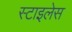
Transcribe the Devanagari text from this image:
स्टाइलेस